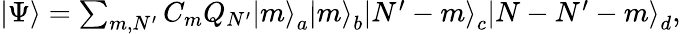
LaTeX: \begin{array}{r}{\left|\Psi\right>=\sum_{m,N^{\prime}}C_{m}Q_{N^{\prime}}\left|m\right>_{a}\left|m\right>_{b}\left|N^{\prime}-m\right>_{c}\left|N-N^{\prime}-m\right>_{d},}\end{array}